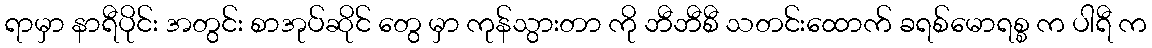
ရာမှာ နာရီပိုင်း အတွင်း စာအုပ်ဆိုင် တွေ မှာ ကုန်သွားတာ ကို ဘီဘီစီ သတင်းထောက် ခရစ်မောရစ္စ က ပါရီ က